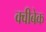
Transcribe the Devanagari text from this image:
क्वीबेक